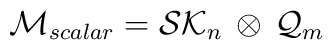
{\cal M}_{scalar} = {\cal SK}_n \, \otimes \, {\cal Q}_m